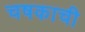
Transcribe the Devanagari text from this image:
चषकाची